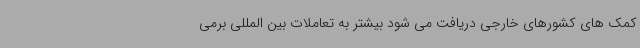
کمک های کشورهای خارجی دریافت می شود بیشتر به تعاملات بین المللی برمی